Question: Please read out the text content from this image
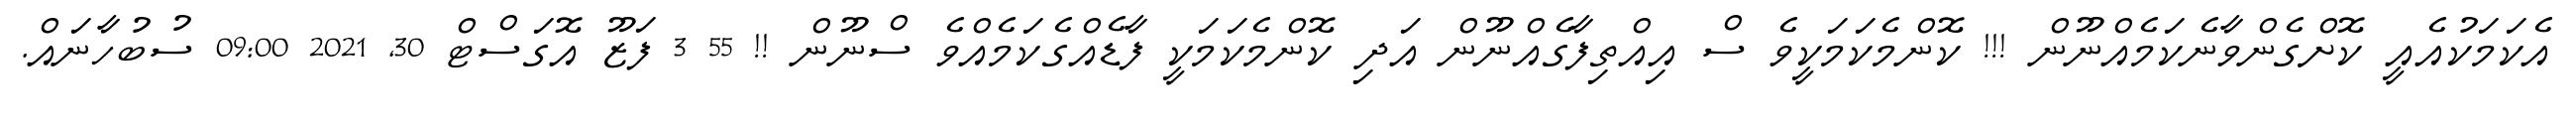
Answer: އެކަމަކުއެއީ ކޮށްގެންވާނެކަމެއްނޫން !!! ކޮންމެކަމަކީވެ ސް އިއްތިފާގެއްނޫން އަދި ކޮންމެކަމަކީ ފާޑެއްގެކަމެއްވެ ސްނޫން !! 55 3 ފަޒޫ އޮގަސްޓް 30, 2021 09:00 ސުބުހާނައް.